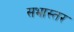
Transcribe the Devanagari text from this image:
सभास्तर